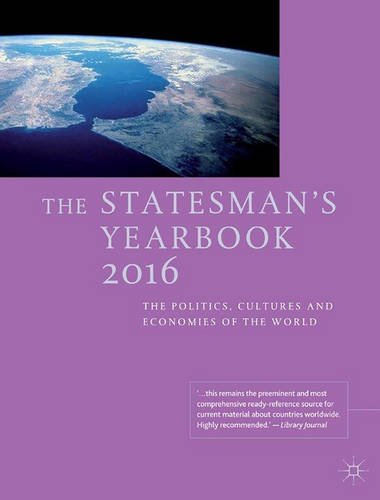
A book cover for The Statesman's Yearbook 2016: The Politics, Cultures and Economies of the World; Reference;